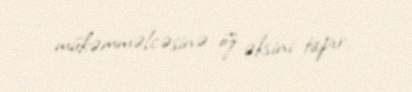
mükəmməlcəsinə öz əksini tapır.